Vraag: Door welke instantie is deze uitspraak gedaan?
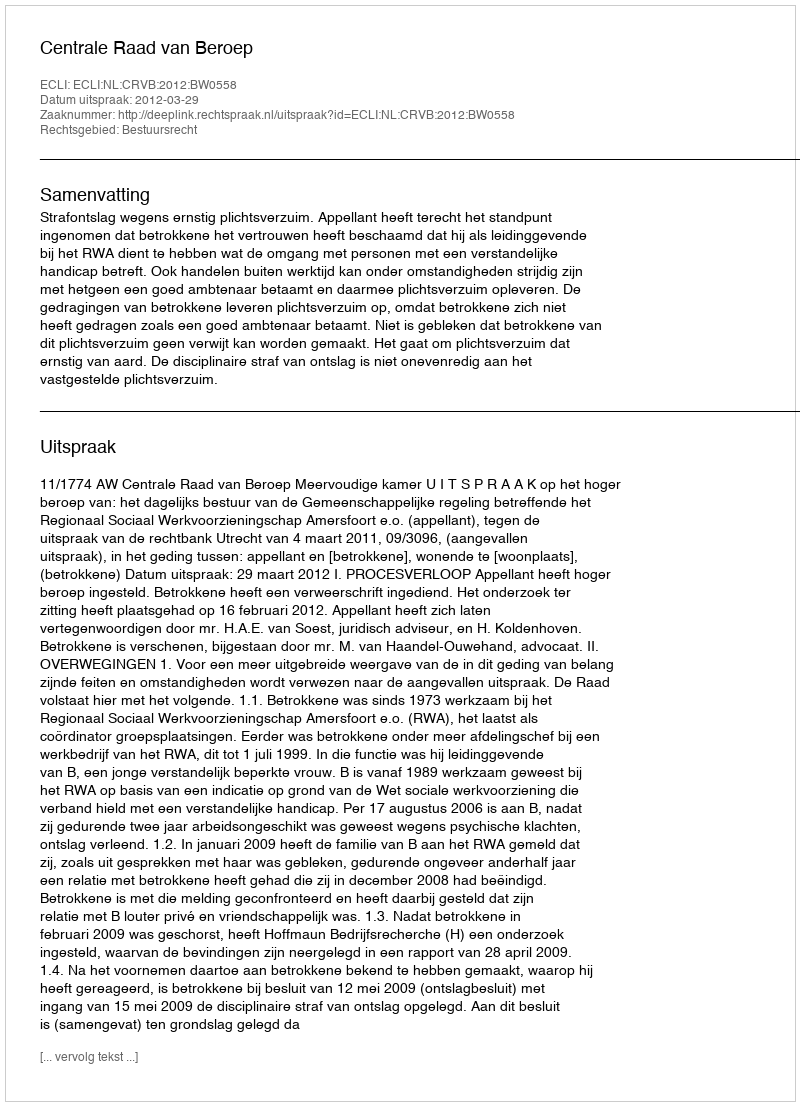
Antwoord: Centrale Raad van Beroep